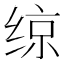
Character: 𫟅